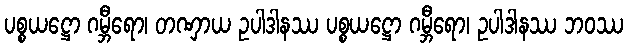
ပစ္စယဋ္ဌော ဂမ္ဘီရော၊ တဏှာယ ဥပါဒါနဿ ပစ္စယဋ္ဌော ဂမ္ဘီရော၊ ဥပါဒါနဿ ဘဝဿ